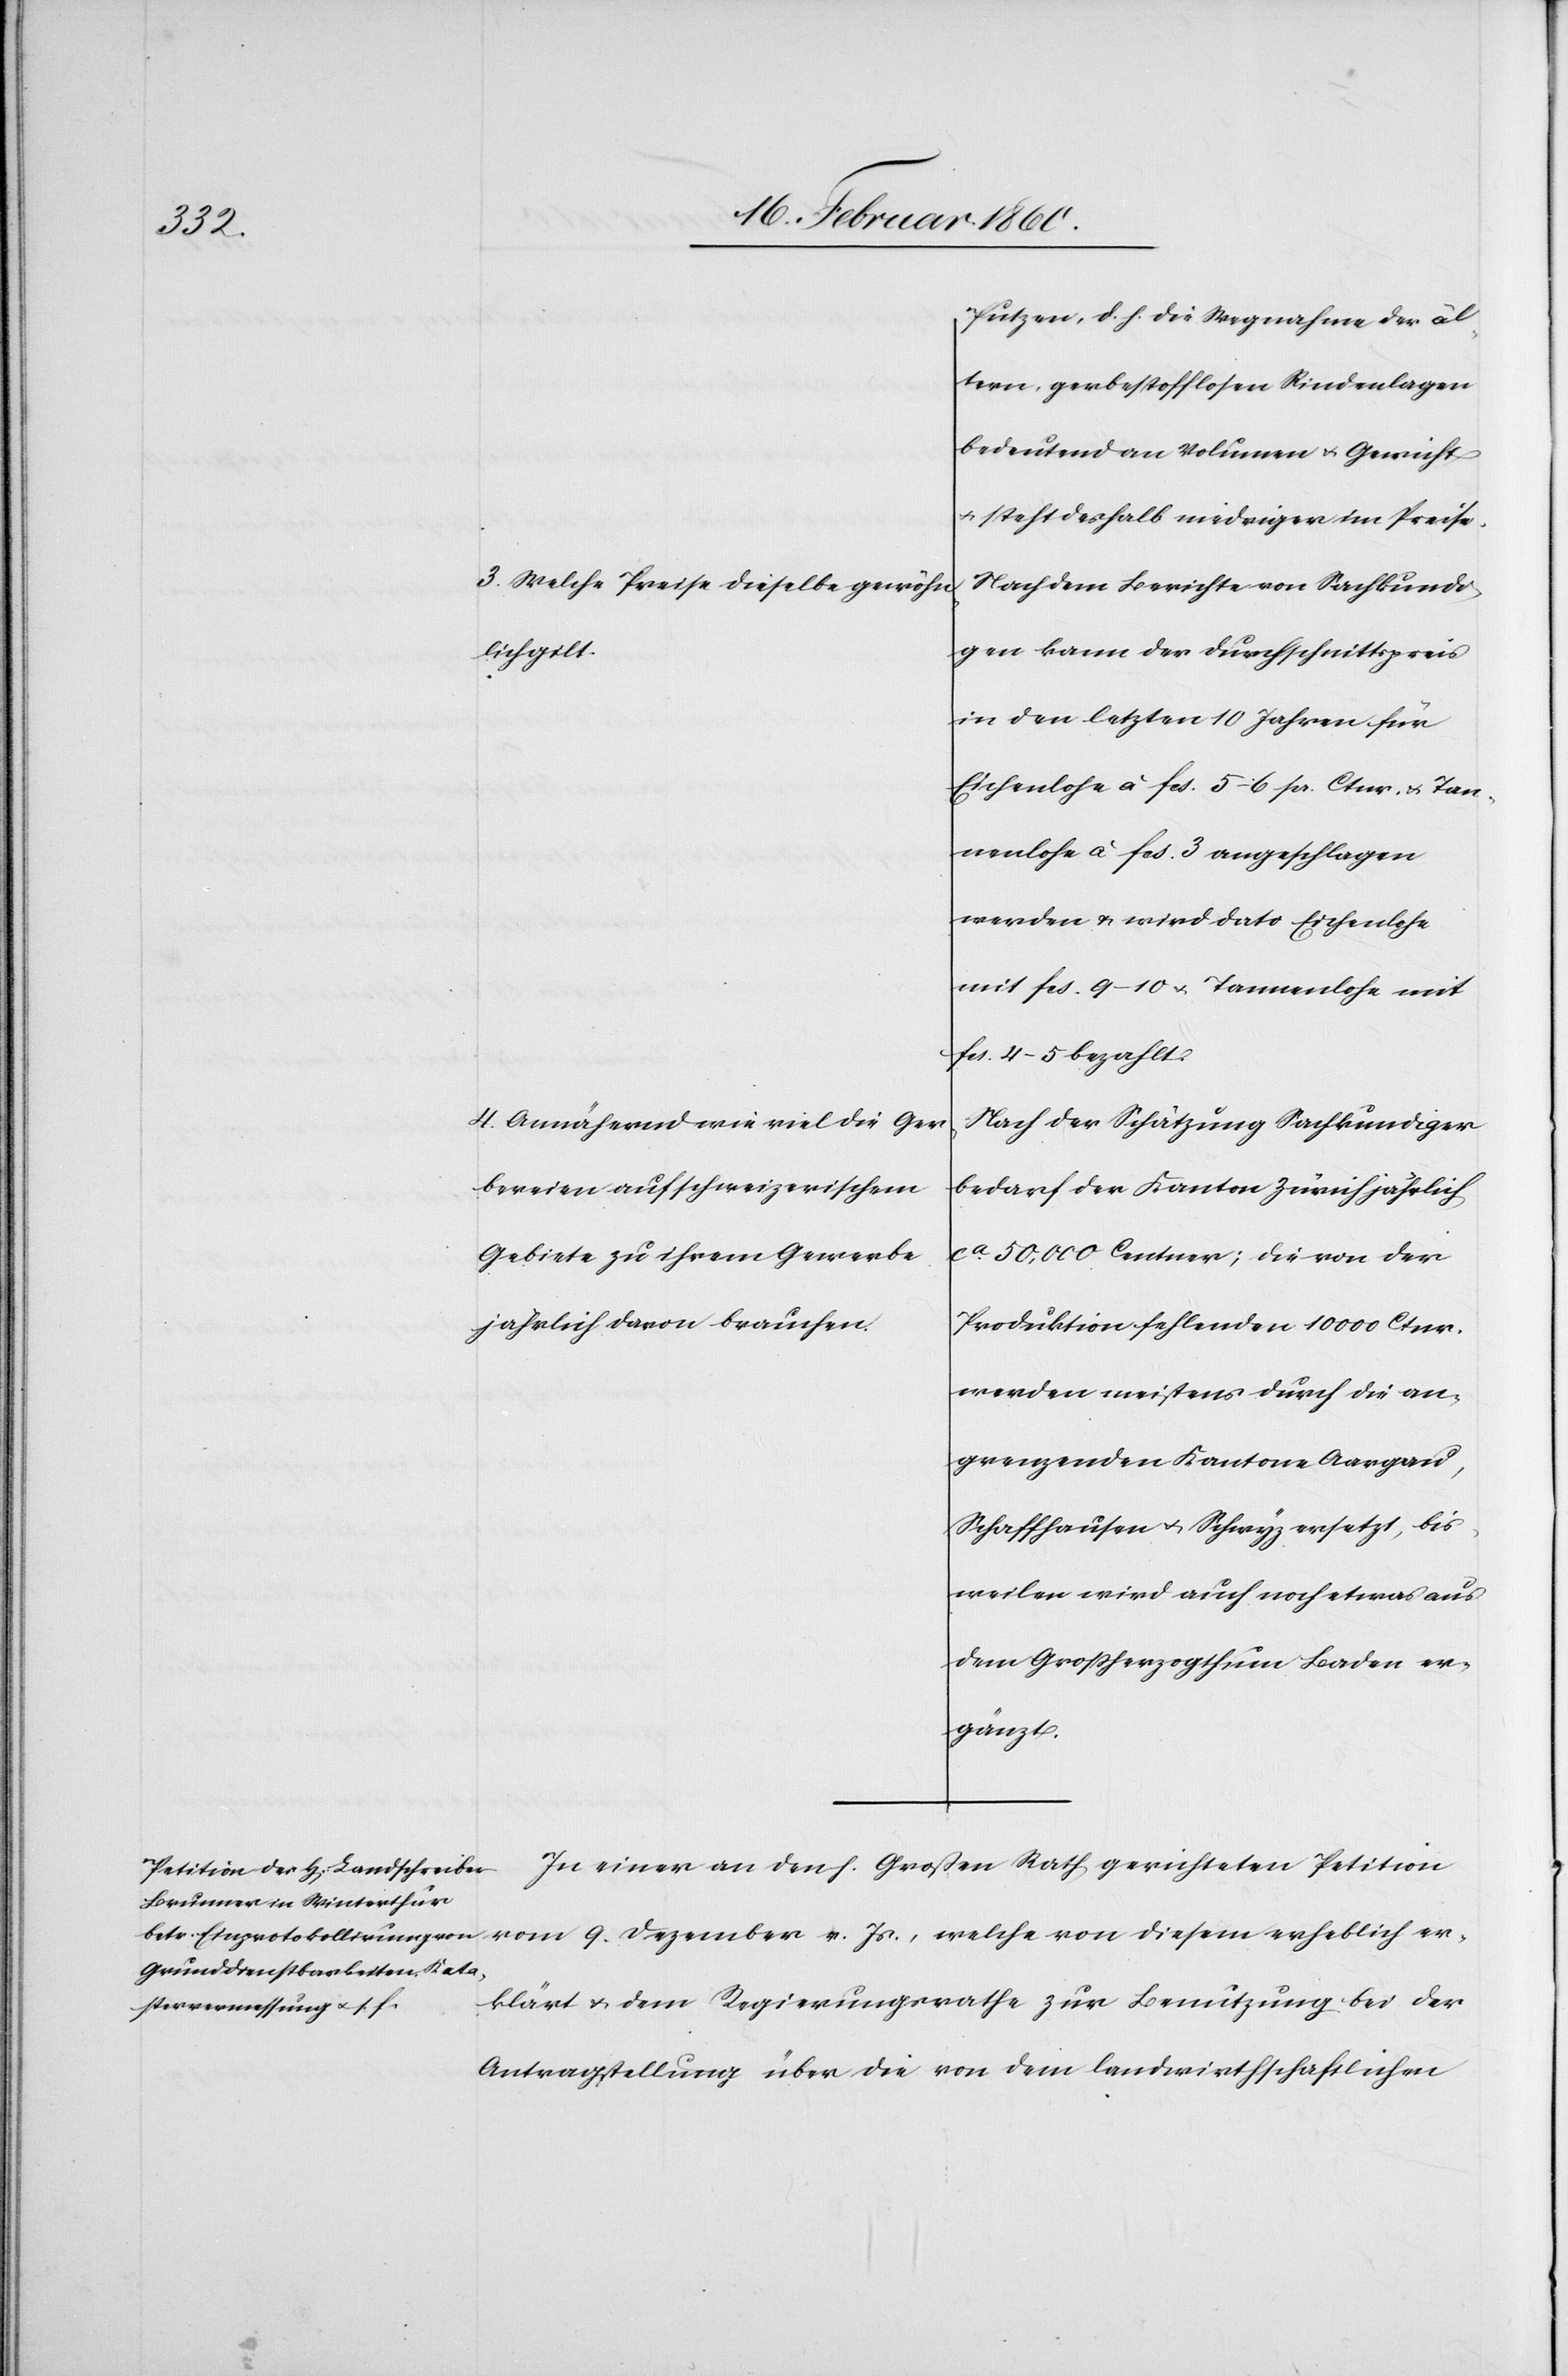
Putzen, d. h. die Wegnahme der äl¬
tern, gerberstofflosen Rindenlagen
bedeutend an Volumen u. Gericht
u. steht deshalb niedriger im Preise.
3. Welche Preise dieselbe gewöhn¬
Nach dem Berichte von Sachkundi¬
gen kann der Durchschnittspreis
lich gilt.
in den letzten 10. Jahren für
Eichenlohe à fcs. 5–6 pr. Ctnr. u. Tan¬
nenlohe à fcs. 3 angeschlagen
werden u. wird dato Eichenlohe
mit fcs. 9–10 u. Tannenlohe mit
fcs. 4–5. bezahlt.
4. Annähernd wie viel die Ger¬
Nach der Schätzung Sachkundiger
bereien auf schweizerischem
bedarf der Kanton Zürich jährlich
ca 50,000 Centner; die von der
Gebiete zu ihrem Gewerbe
jährlich davon brauchen.
Produktion fehlenden 10 000 Ctnr.
werden meistens durch die an¬
grenzenden Kantone Aargau,
Schaffhausen u. Schwyz ersetzt, bis¬
weilen wird auch noch etwas aus
dem Großherzogthum Baden er¬
gänzt.
erklärt u. dem Regierungsrathe zur Benutzung bei der
Antragstellung über die von dem landwirtschaftlichen